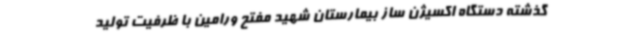
گذشته دستگاه اکسیژن ساز بیمارستان شهید مفتح ورامین با ظرفیت تولید